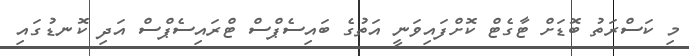
މި ކަސްރަތު ބޮޑަށް ޓާގެޓް ކޮށްފައިވަނީ އަތުގެ ބައިސެޕްސް ޓްރައިސެޕްސް އަދި ކޮނޑުގައި